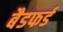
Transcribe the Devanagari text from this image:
बैडफर्ड